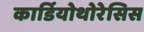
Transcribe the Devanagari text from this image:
कार्डियोथोरेसिस